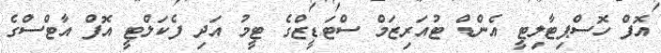
އޮފް ހޮސްޕިޓާލިޓީ އެންޑް ޓުއަރިޒަމް ސްޓަޑީޒްގެ ޓީމު އަދި ފެކަލްޓީ އޮފް އާޓްސްގެ